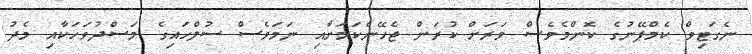
ނެގަޓިވް ކެމްޕޭނުގެ ކޮންމެވެސް ވަރަށް ކުރަން ޖެހޭނެކަމަށާއި ނަމަވެސް ސުލްހައިގެ މަސްދުވަހަކާއި މެދު